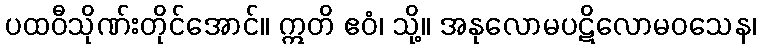
ပထဝီသိုဏ်းတိုင်အောင်။ ဣတိ ဧဝံ၊ သို့။ အနုလောမပဋိလောမဝသေန၊